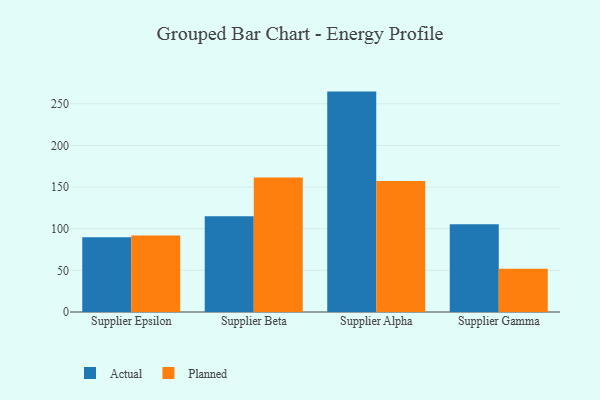
{"axis": {"x": "Supplier", "y": "Tickets Resolved"}, "legend": ["Actual", "Planned"], "data": [{"x": "Supplier Epsilon", "y": 89.8, "type": "Actual"}, {"x": "Supplier Epsilon", "y": 91.8, "type": "Planned"}, {"x": "Supplier Beta", "y": 115.1, "type": "Actual"}, {"x": "Supplier Beta", "y": 161.5, "type": "Planned"}, {"x": "Supplier Alpha", "y": 264.6, "type": "Actual"}, {"x": "Supplier Alpha", "y": 157.3, "type": "Planned"}, {"x": "Supplier Gamma", "y": 105.2, "type": "Actual"}, {"x": "Supplier Gamma", "y": 51.8, "type": "Planned"}]}